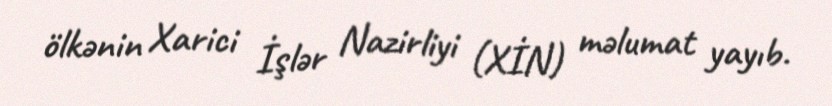
ölkənin Xarici İşlər Nazirliyi (XİN) məlumat yayıb.